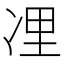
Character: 𠗔